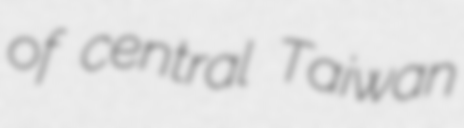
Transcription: of central Taiwan